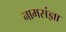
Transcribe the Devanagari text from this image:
नामसंज्ञा